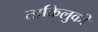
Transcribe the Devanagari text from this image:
ताकिलुकी